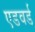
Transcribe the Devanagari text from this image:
एडवर्ड